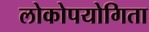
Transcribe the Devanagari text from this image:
लोकोपयोगिता